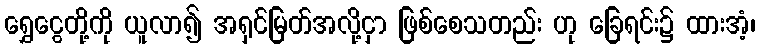
ရွှေငွေတို့ကို ယူလာ၍ အရှင်မြတ်အလို့ငှာ ဖြစ်စေသတည်း ဟု ခြေရင်း၌ ထားအံ့၊